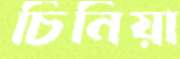
চিনিয়া